Annual report on the health of the army in India
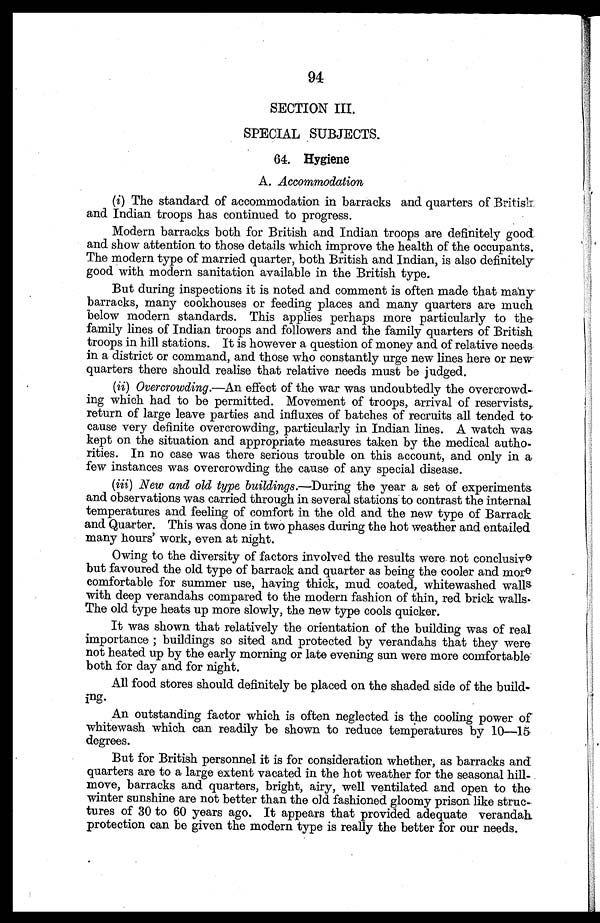
94
SECTION III
.
SPECIAL SUBJECTS.
64. Hygiene
A. Accommodation
(i) The standard of accommodation in barracks and quarters of British
and Indian troops has continued to progress.
Modern barracks both for British and Indian troops are definitely good
and show attention to those details which improve the health of the occupants.
The modern type of married quarter, both British and Indian, is also definitely
good with modern sanitation available in the British type.
But during inspections it is noted and comment is often made that many
barracks, many cookhouses or feeding places and many quarters are much
below modern standards. This applies perhaps more particularly to the
family lines of Indian troops and followers and the family quarters of British
troops in hill stations. It is however a question of money and of relative needs
in a district or command, and those who constantly urge new lines here or new
quarters there should realise that relative needs must be judged.
(ii) Overcrowding.—An effect of the war was undoubtedly the overcrowd
- i n g w h i c h h a d t o b e p e r m i t t e d . M o v e m e n t o f t r o o p s , a r r i v a l o f r e s e r v i s t s ,
return of large leave parties and influxes of batches of recruits all tended to
cause very definite overcrowding, particularly in Indian lines. A watch was
kept on the situation and appropriate measures taken by the medical autho
- r i t i e s . I n n o c a s e w a s t h e r e s e r i o u s t r o u b l e o n t h i s a c c o u n t , a n d o n l y i n a
few instances was overcrowding the cause of any special disease.
(iii) New and old type buildings.—During the year a set of experiments
and observations was carried through in several stations to contrast the internal
temperatures and feeling of comfort in the old and the new type of Barrack
and Quarter. This was done in two phases during the hot weather and entailed
many hours' work, even at night.
Owing to the diversity of factors involved the results were not conclusive
but favoured the old type of barrack and quarter as being the cooler and more
comfortable for summer use, having thick, mud coated, whitewashed walls
with deep verandahs compared to the modern fashion of thin, red brick walls
. T h e o l d t y p e h e a t s u p m o r e s l o w l y , t h e n e w t y p e c o o l s q u i c k e r .
It was shown that relatively the orientation of the building was of real
importance; buildings so sited and protected by verandahs that they were
not heated up by the early morning or late evening sun were more comfortable
both for day and for night.
All food stores should definitely be placed on the shaded side of the build
- i n g .
An outstanding factor which is often neglected is the cooling power of
whitewash which can readily be shown to reduce temperatures by 10—15
degrees.
But for British personnel it is for consideration whether, as barracks and
quarters are to a large extent vacated in the hot weather for the seasonal hill-
move, barracks and quarters, bright, airy, well ventilated and open to the
winter sunshine are not better than the old fashioned gloomy prison like struc
- t u r e s o f 3 0 t o 6 0 y e a r s a g o . I t a p p e a r s t h a t p r o v i d e d a d e q u a t e v e r a n d a h
protection can be given the modern type is really the better for our needs.